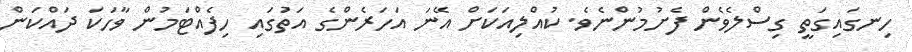
ހިނގައިގަތީ ގިސްލެވެން ފެށުމުންނެވެ. ކުއްލިއަކަށް އޭނަ އަހަރެންގެ އަތުަގައި ހިފެއްޓަމުން ވާހަކަ ދައްކަން